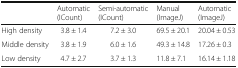
<table><thead><tr><td></td><td><b>Automatic (ICount)</b></td><td><b>Semi-automatic (ICount)</b></td><td><b>Manual (ImageJ)</b></td><td><b>Automatic (ImageJ)</b></td></tr></thead><tbody><tr><td>High density</td><td>3.8 ± 1.4</td><td>7.2 ± 3.0</td><td>69.5 ± 20.1</td><td>20.04 ± 0.53</td></tr><tr><td>Middle density</td><td>3.8 ± 1.9</td><td>6.0 ± 1.6</td><td>49.3 ± 14.8</td><td>17.26 ± 0.3</td></tr><tr><td>Low density</td><td>4.7 ± 2.7</td><td>3.7 ± 1.3</td><td>11.8 ± 7.1</td><td>16.14 ± 1.18</td></tr></tbody></table>